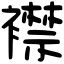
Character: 襟